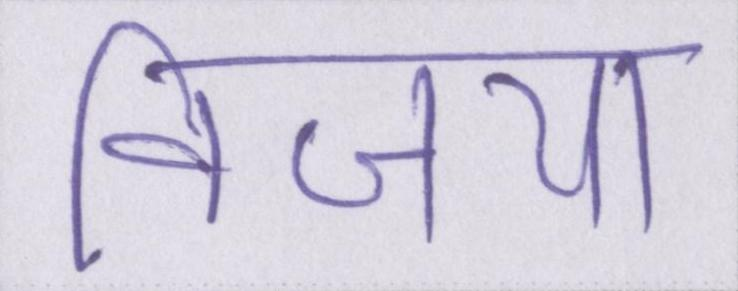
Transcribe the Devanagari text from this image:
विजया